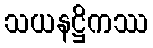
သယနဋ္ဌိကဿ